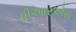
પીઆરએસ